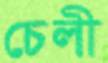
চেলী